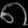
Digit: ၈